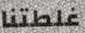
غلطتنا